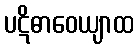
ပဋိဓာဝေယျာထ